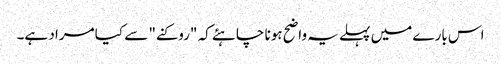
اس بارے میں پہلے یہ واضح ہونا چاہئے کہ "روکنے" سے کیا مراد ہے۔